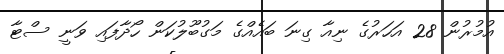
އުމުރުން 28 އަހަރުގެ ނިއާ ގިނަ ބައެއްގެ މަގުބޫލުކަން ހޯދާފައި ވަނީ ސްޓާ